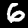
Label: 6